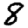
Digit: 8